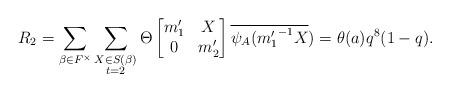
LaTeX: \begin{align*} R_2=\displaystyle \sum_{\beta \in F^{\times}} \sum_{\substack{X\in S(\beta) \\ t=2 }}\Theta \begin{bmatrix} m_1' & X\\0 & m_2' \end{bmatrix}\overline{\psi_A({m_1'}^{-1}X})=\theta(a)q^8(1-q).\end{align*}